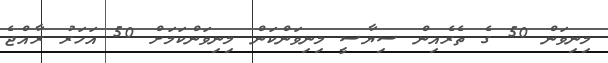
މިނިވަން 50 ގެ ތެރެއިން ސިޔާސީ މިނިވަންކަން މިނިވަންކަމަށް 50 އަހަރު ރާއްޖެ